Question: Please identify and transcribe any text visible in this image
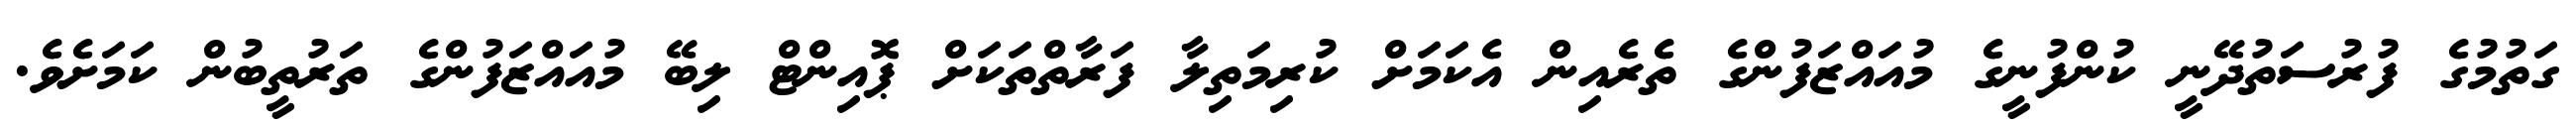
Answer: ގަތުމުގެ ފުރުސަތުދޭނީ ކުންފުނީގެ މުއައްޒަފުންގެ ތެރެއިން އެކަމަށް ކުރިމަތިލާ ފަރާތްތަކަށް ޕޮއިންޓް ލިބޭ މުއައްޒަފުންގެ ތަރުތީބުން ކަމަށެވެ.